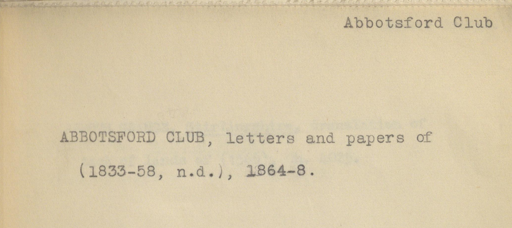
Label: content